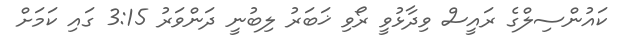
ކައުންސިލްގެ ރައީސް ވިދާޅުވީ ރޯވި ޚަބަރު ލިބުނީ ދަންވަރު 3:15 ގައި ކަމަށް